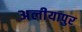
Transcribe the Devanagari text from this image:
अलीयापुर